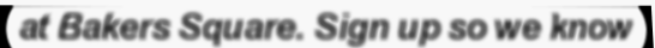
at Bakers Square. Sign up so we know